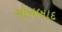
ગોનબાદ